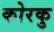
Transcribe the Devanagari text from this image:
कोरकु